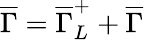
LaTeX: \overline{{{\Gamma}}}=\overline{{{\Gamma}}}_{L}^{+}+\overline{{{\Gamma}}}